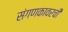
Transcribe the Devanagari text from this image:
संगणकावरची